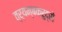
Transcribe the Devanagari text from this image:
त्र्यम्बकरुद्रो